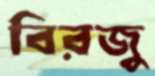
বিরজু